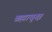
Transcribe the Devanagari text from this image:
ब्रह्मावृक्ष